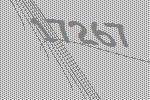
17267